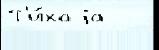
Т'и́хаjа